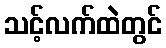
သင့်လက်ထဲတွင်